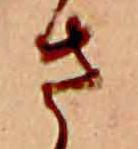
さ